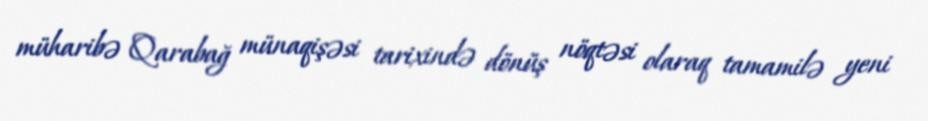
müharibə Qarabağ münaqişəsi tarixində dönüş nöqtəsi olaraq tamamilə yeni